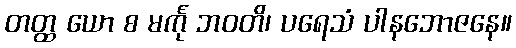
တတ္ထ ယော စ မင်္ကု ဘဝတိ၊ ပရေသံ ပါနဘောဇနေ။